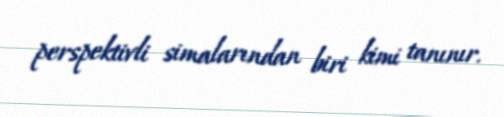
perspektivli simalarından biri kimi tanınır.